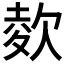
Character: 𣣋